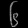
Digit: ၆